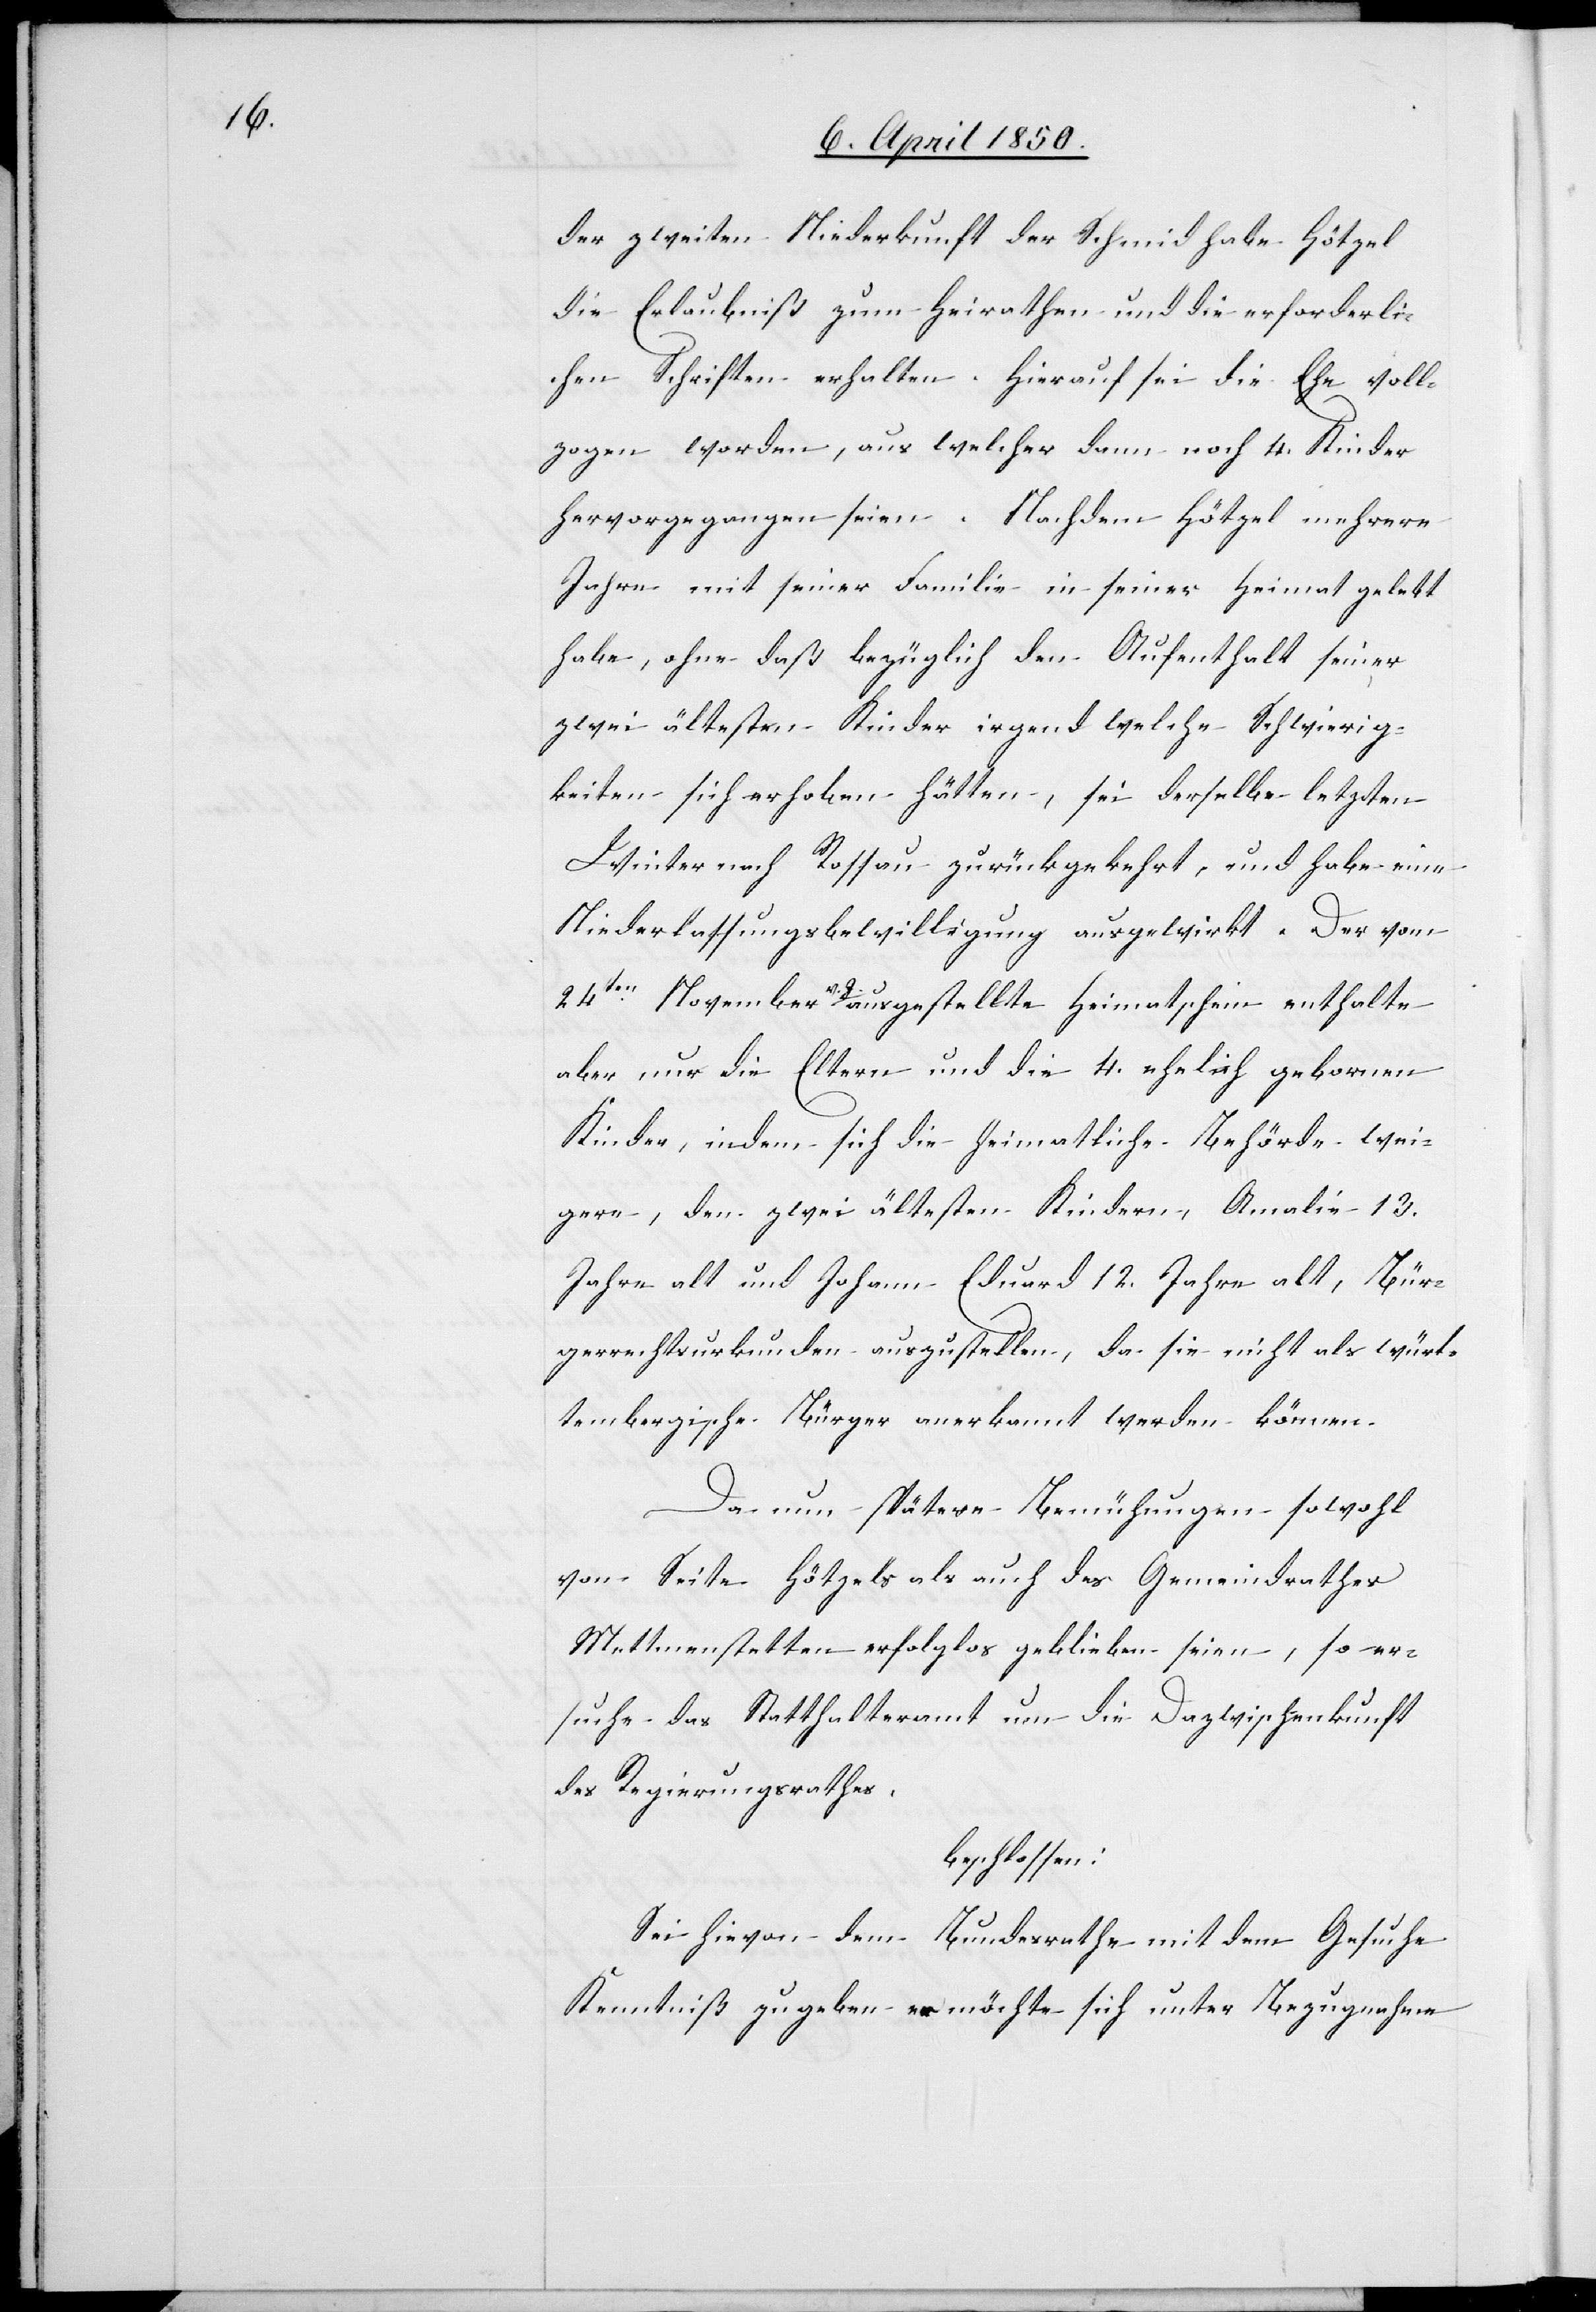
der zweiten Niederkunft der Schmid habe Hötzel
die Erlaubniß zum Heirathen und die erforderli¬
chen Schriften erhalten. Hierauf sei die Ehe voll¬
zogen worden, aus welcher dann noch 4. Kinder
hervorgegangen seien. Nachdem Hötzel mehrere
Jahre mit seiner Familie in seiner Heimat gelebt
habe, ohne daß bezüglich den Aufenthalt seiner
zwei ältesten Kinder irgend welche Schwierig¬
keiten sich erhoben hätten, sei derselbe letzten
Winter nach Rossau zurückgekehrt, und habe eine
Niederlassungsbewilligung ausgewirkt. Der vom
24ten November v. d. ausgestellte Heimatschein enthalte
aber nur die Eltern und die 4. ehelich gebornen
Kinder, indem sich die heimatliche Behörde wei¬
gere, den zwei ältesten Kindern, Amalie 13.
Jahre alt und Johann Eduard 12. Jahre alt, Bür¬
gerrechtsurkunden auszustellen, da sie nicht als würt¬
tembergische Bürger anerkannt werden können.
Da nun spätere Bemühungen sowohl
von Seite Hötzels als auch des Gemeindrathes
Mettmenstetten erfolglos geblieben seien, so er¬
suche das Statthalteramt um die Dazwischenkunft
des Regierungsrathes,
beschlossen:
Sei hievon dem Bundesrathe mit dem Gesuche
Kenntniß zu geben er möchte sich unter Bezugnahme